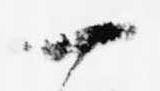
一